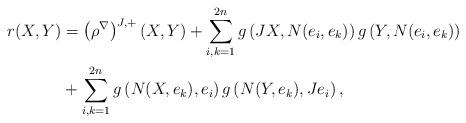
LaTeX: \begin{align*}r(X,Y)&=\left(\rho^\nabla\right)^{J,+}(X,Y)+\sum_{i,k=1}^{2n}g\left(JX,N(e_i,e_k) \right)g\left(Y,N(e_i,e_k) \right)\\&+\sum_{i,k=1}^{2n}g\left(N(X,e_k),e_i \right)g\left(N(Y,e_k),Je_i \right),\end{align*}